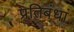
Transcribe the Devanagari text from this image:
प्रतिबंधां